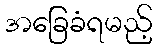
အခြေခံရမည့်